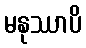
မနုဿာပိ